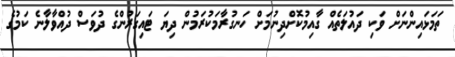
ތަމަޅައިންނަށް ވަކި ދައުލަތެއް ގާއިމުކޮށްދިނުމަށް ހަނގުރާމަކުރަމުން ދިޔަ ޓައިގަރުންގެ ދުވަސް ދުއްވާލާނެ ކަމުގެ